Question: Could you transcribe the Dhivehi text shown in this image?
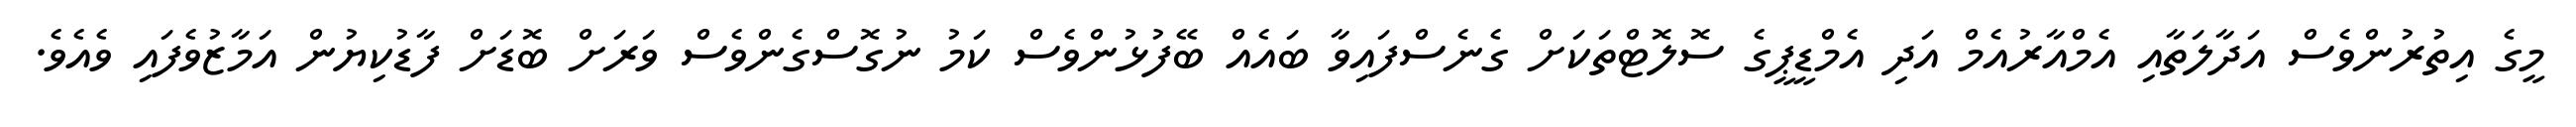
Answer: މީގެ އިތުރުންވެސް އަދާލަތާއި އެމްއާރުއެމް އަދި އެމްޑީޕީގެ ސޮލޮޓްތަކަށް ގެނެސްފައިވާ ބައެއް ބޭފުޅުންވެސް ކަމު ނުގޮސްގެންވެސް ވަރަށް ބޮޑަށް ފާޑުކިޔުން އަމާޒުވެފައި ވެއެވެ.